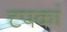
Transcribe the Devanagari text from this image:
टपकां